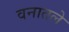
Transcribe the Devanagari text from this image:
वनातले